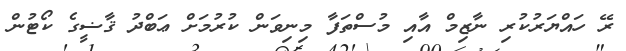
ރޭ ހައްޔަރުކުރި ނާޒިމް އާއި މުސްތަފާ މިނިވަން ކުރުމަށް ޢަބްދު ޤާޟީގެ ކޯޓުން